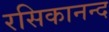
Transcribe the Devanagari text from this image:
रसिकानन्द